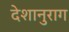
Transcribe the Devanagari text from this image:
देशानुराग